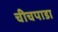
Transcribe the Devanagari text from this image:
चीचपाडा